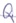
Text: Q